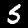
Label: 5